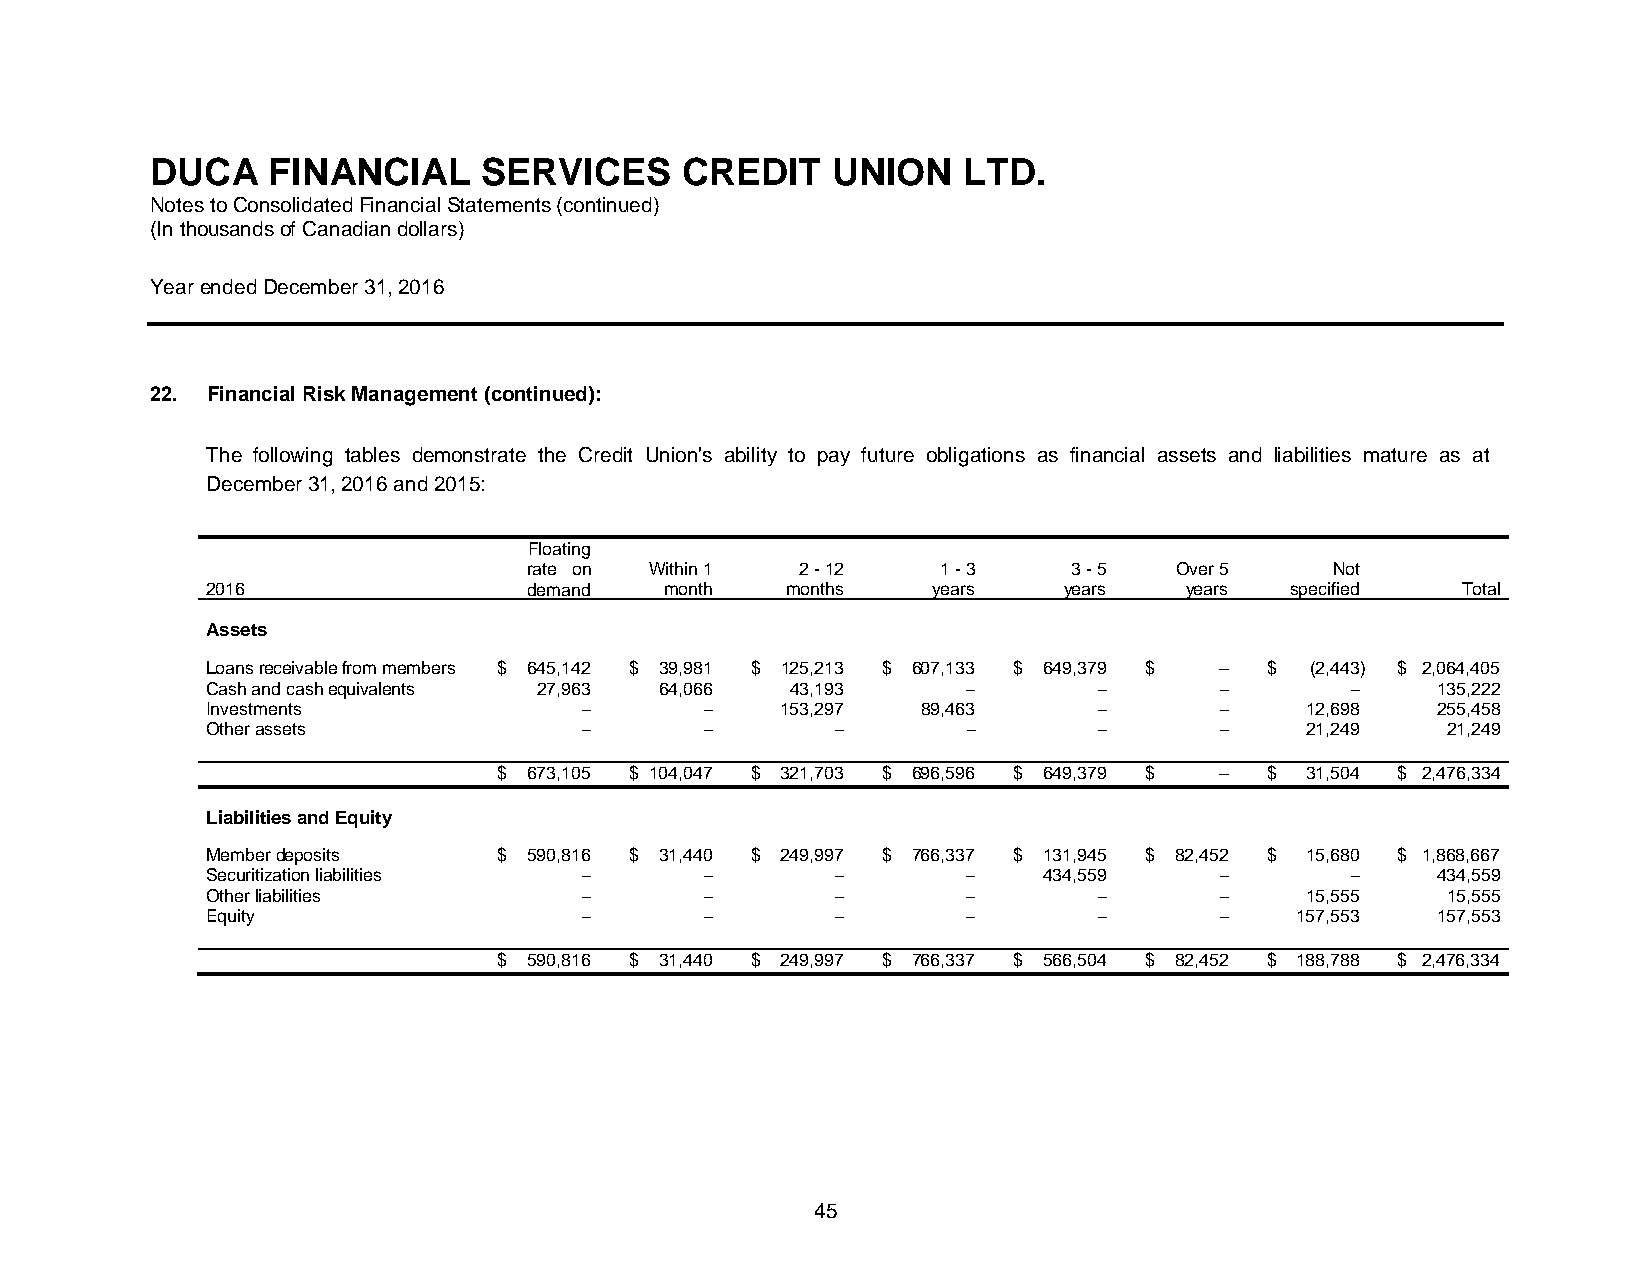
DUCA    FINANCIAL     SERVICES     CREDIT    UNION    LTD.
 Notes to Consolidated Financial Statements (continued)
 (In thousands of Canadian dollars)
 Year ended December 31, 2016
 22. Financial Risk Management (continued):
 The following tables demonstrate the Credit Union's ability to pay future obligations as financial assets and liabilities mature as at
 December 31, 2016 and 2015:
 Floating
 rate on Within 1  2 - 12   1 - 3    3 - 5  Over 5    Not
 2016                 demand   month   months    years   years   years  specified   Total
 Assets
 Loans receivable from members $ 645,142 $ 39,981 $ 125,213 $ 607,133 $ 649,379 $ – $ (2,443) $ 2,064,405
 Cash and cash equivalents 27,963 64,066 43,193    –        –       –       –     135,222
 Investments              –       –    153,297  89,463      –       –    12,698   255,458
 Other assets             –       –       –        –        –       –    21,249    21,249
 $ 673,105 $ 104,047 $ 321,703 $ 696,596 $ 649,379 $ – $ 31,504 $ 2,476,334
 Liabilities and Equity
 Member deposits    $ 590,816 $ 31,440 $ 249,997 $ 766,337 $ 131,945 $ 82,452 $ 15,680 $ 1,868,667
 Securitization liabilities –     –       –        –    434,559     –       –     434,559
 Other liabilities        –       –       –        –        –       –    15,555    15,555
 Equity                   –       –       –        –        –       –    157,553  157,553
 $ 590,816 $ 31,440 $ 249,997 $ 766,337 $ 566,504 $ 82,452 $ 188,788 $ 2,476,334
 45